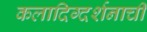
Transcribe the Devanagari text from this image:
कलादिग्दर्शनाची